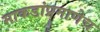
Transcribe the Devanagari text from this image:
माकडांप्रमाणेच